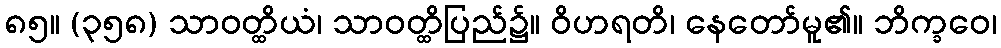
၈၅။ (၃၅၈) သာဝတ္ထိယံ၊ သာဝတ္ထိပြည်၌။ ဝိဟရတိ၊ နေတော်မူ၏။ ဘိက္ခဝေ၊